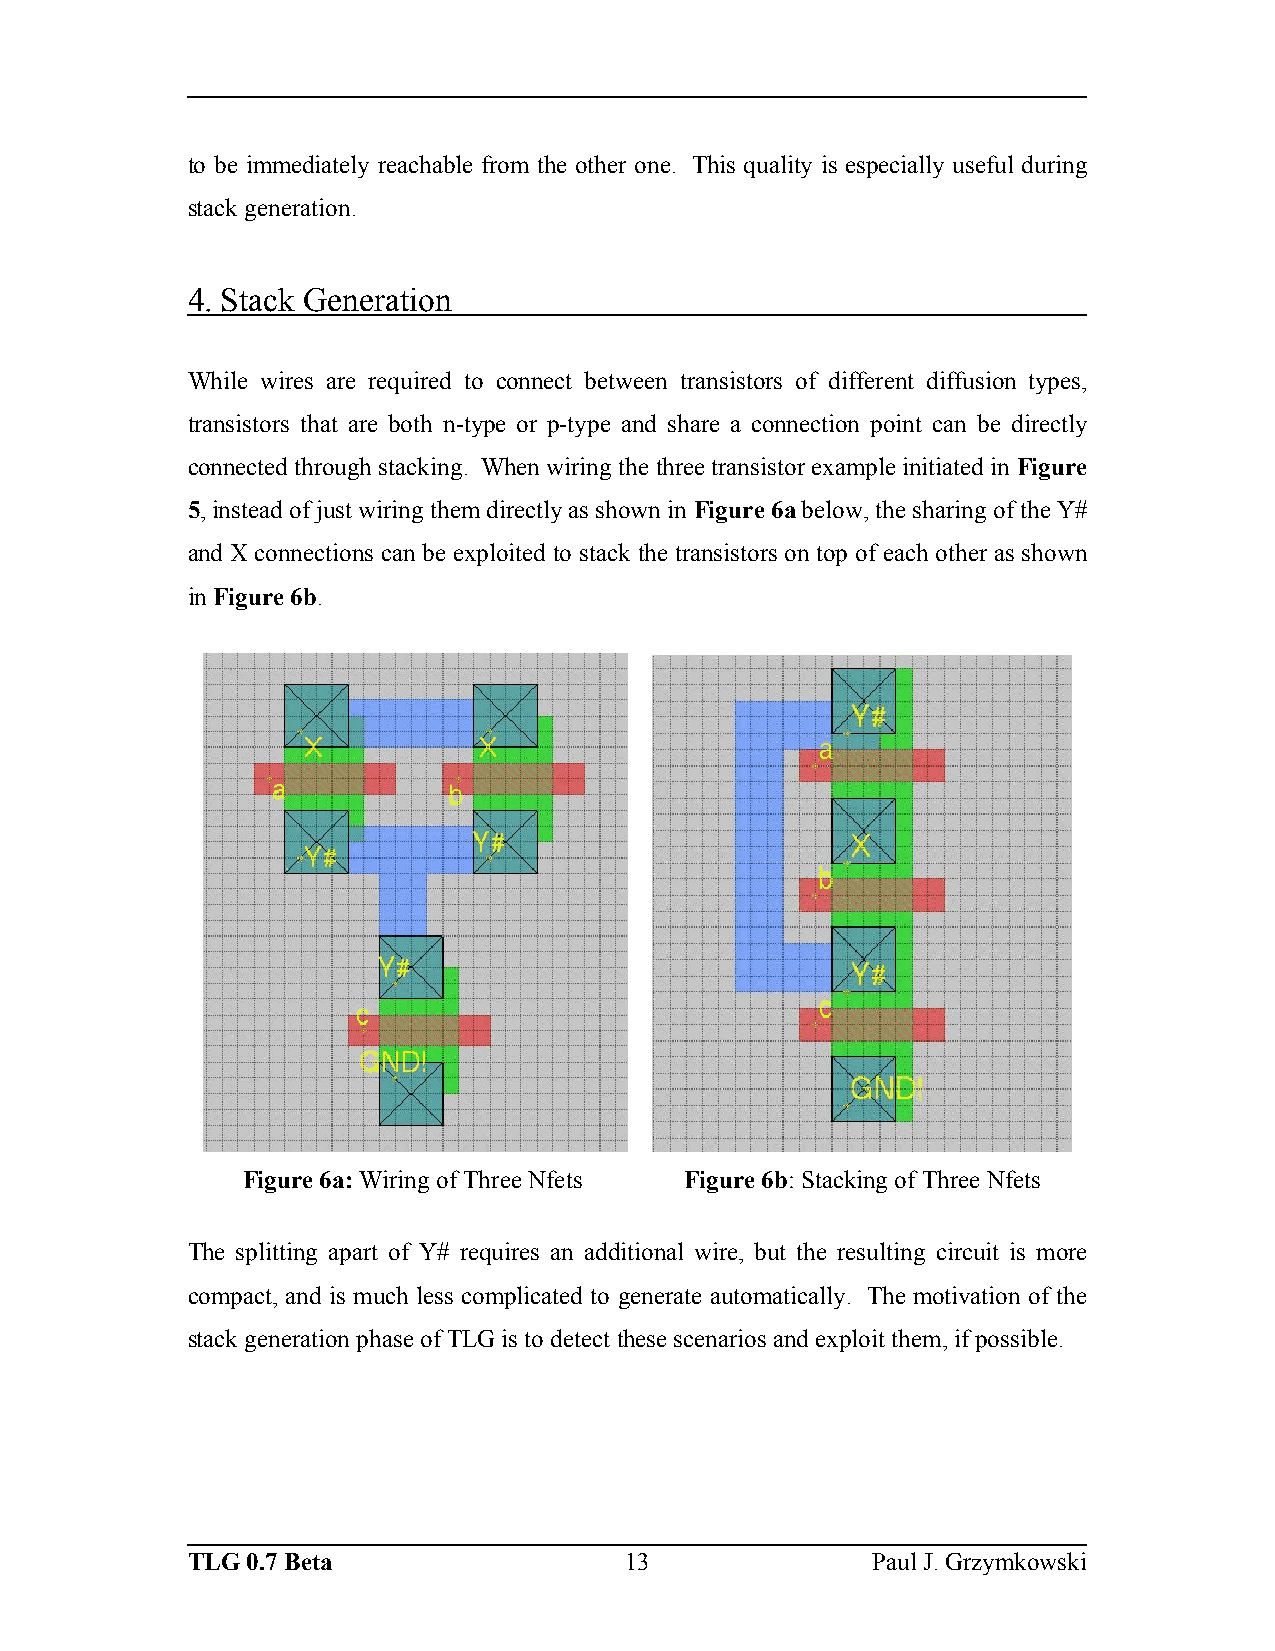
to be immediately reachable from the other one. This quality is especially useful during
 stack generation.
 4. Stack Generation
 While wires are required to connect between transistors of different diffusion types,
 transistors that are both n-type or p-type and share a connection point can be directly
 connected through stacking. When wiring the three transistor example initiated in Figure
 5, instead of just wiring them directly as shown in Figure 6a below, the sharing of the Y#
 and X connections can be exploited to stack the transistors on top of each other as shown
 in Figure 6b.
 Figure 6a: Wiring of Three Nfets Figure 6b: Stacking of Three Nfets
 The splitting apart of Y# requires an additional wire, but the resulting circuit is more
 compact, and is much less complicated to generate automatically. The motivation of the
 stack generation phase of TLG is to detect these scenarios and exploit them, if possible.
 TLG 0.7 Beta                 13               Paul J. Grzymkowski